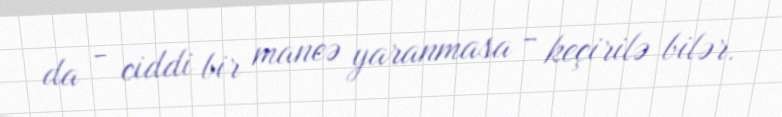
da - ciddi bir maneə yaranmasa - keçirilə bilər.